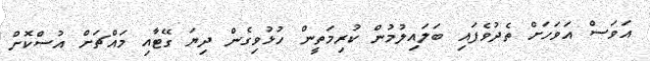
އަވަސް އަވަހަށް ތެދުވެފައި ބަލައިލުމުން ކުރިމަތީން ހުޅުވިގެން ދިޔަ ގޭޓާއި މައްޗަށް އުސްކޮށް